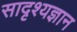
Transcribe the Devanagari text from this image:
सादृश्यज्ञान